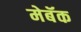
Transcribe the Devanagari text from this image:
मेबॅक